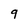
Character: 9